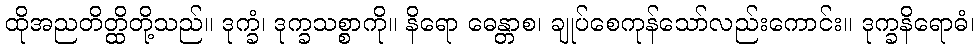
ထိုအညတိတ္ထိတို့သည်။ ဒုက္ခံ၊ ဒုက္ခသစ္စာကို။ နိရော ဓေန္တာစ၊ ချုပ်စေကုန်သော်လည်းကောင်း။ ဒုက္ခနိရောဓံ၊